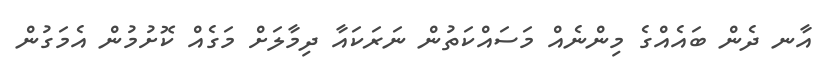
އާނ ދެން ބައެއްގެ މިންނެއް މަސައްކަތުން ނަރަކައާ ދިމާލަށް މަގެއް ކޮށުމުން އެމަގުން